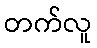
တက်လူ